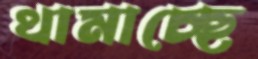
থামাচ্ছে